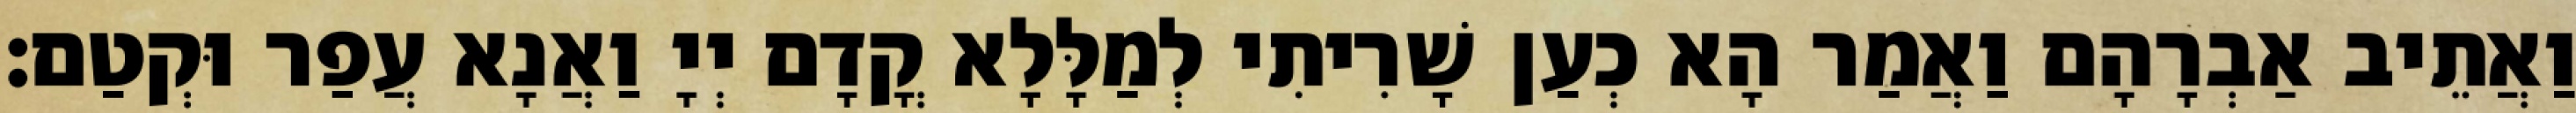
וַאֲתֵיב אַבְרָהָם וַאֲמַר הָא כְעַן שָׁרִיתִי לְמַלָּלָא קֳדָם יְיָ וַאֲנָא עֲפַר וּקְטַם׃